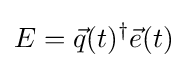
E={\vec {q}}(t)^{\dagger }{\vec {e}}(t)